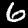
Label: 6